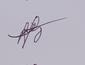
Signature authenticity: genuine